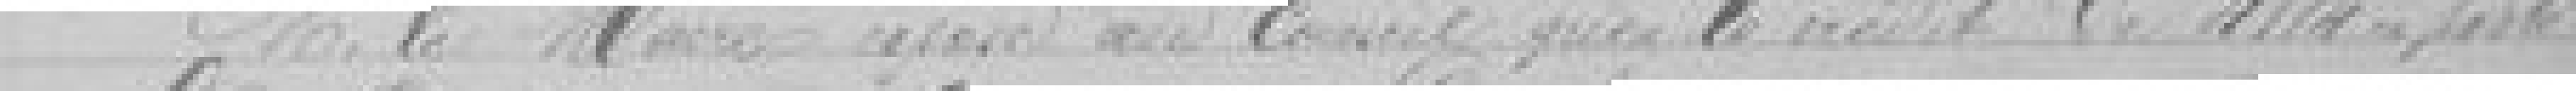
M. le Maire expose au Conseil que le crédit de 4114 francs porté